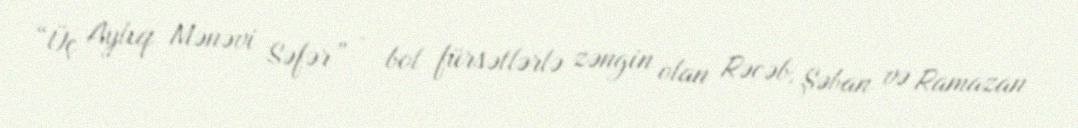
“Üç Aylıq Mənəvi Səfər” - bol fürsətlərlə zəngin olan Rəcəb, Şəban və Ramazan